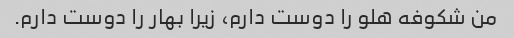
من شکوفه هلو را دوست دارم، زیرا بهار را دوست دارم.